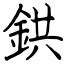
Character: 鉷